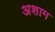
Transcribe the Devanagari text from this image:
अशाम